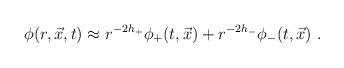
LaTeX: \begin{align*}\phi(r,\vec{x},t) \approx r^{-2h_+} \phi_+ (t,\vec{x} ) + r^{-2h_-} \phi_-(t,\vec{x} ) \ . \end{align*}